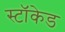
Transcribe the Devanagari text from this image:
स्टॉकेड